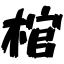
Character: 棺